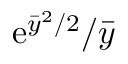
\mathrm { e } ^ { \bar { y } ^ { 2 } / 2 } / \bar { y }